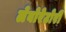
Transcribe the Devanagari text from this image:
लेबोरेटोरी